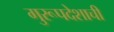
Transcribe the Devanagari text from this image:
गुरूपदेशाची